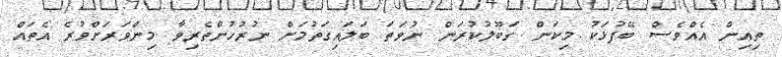
ތިއިން އެއްވެސް ބޭފުޅަކު މިކަން ގަބޫލުކުރަން ނުވަތަ ބަލައިގަތުމަށް ނުރުހުންތެރިވާ މިންވަރަށްވުރެ އެތައް